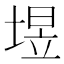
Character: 𮰧